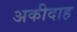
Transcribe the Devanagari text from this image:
अकीदाह